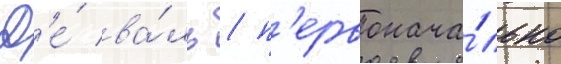
Д'е́ ва́ль / п'ервонача́льно